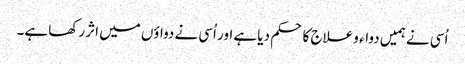
اُسی نے ہمیں دواء و علاج کا حکم دیا ہے اور اُسی نے دواؤں میں اثر رکھا ہے۔